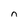
Character: n